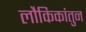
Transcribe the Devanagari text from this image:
लौकिकांतुन